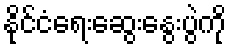
နိုင်ငံရေးဆွေးနွေးပွဲကို